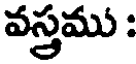
వస్త్రము :